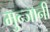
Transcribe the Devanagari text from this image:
मुन्जानी